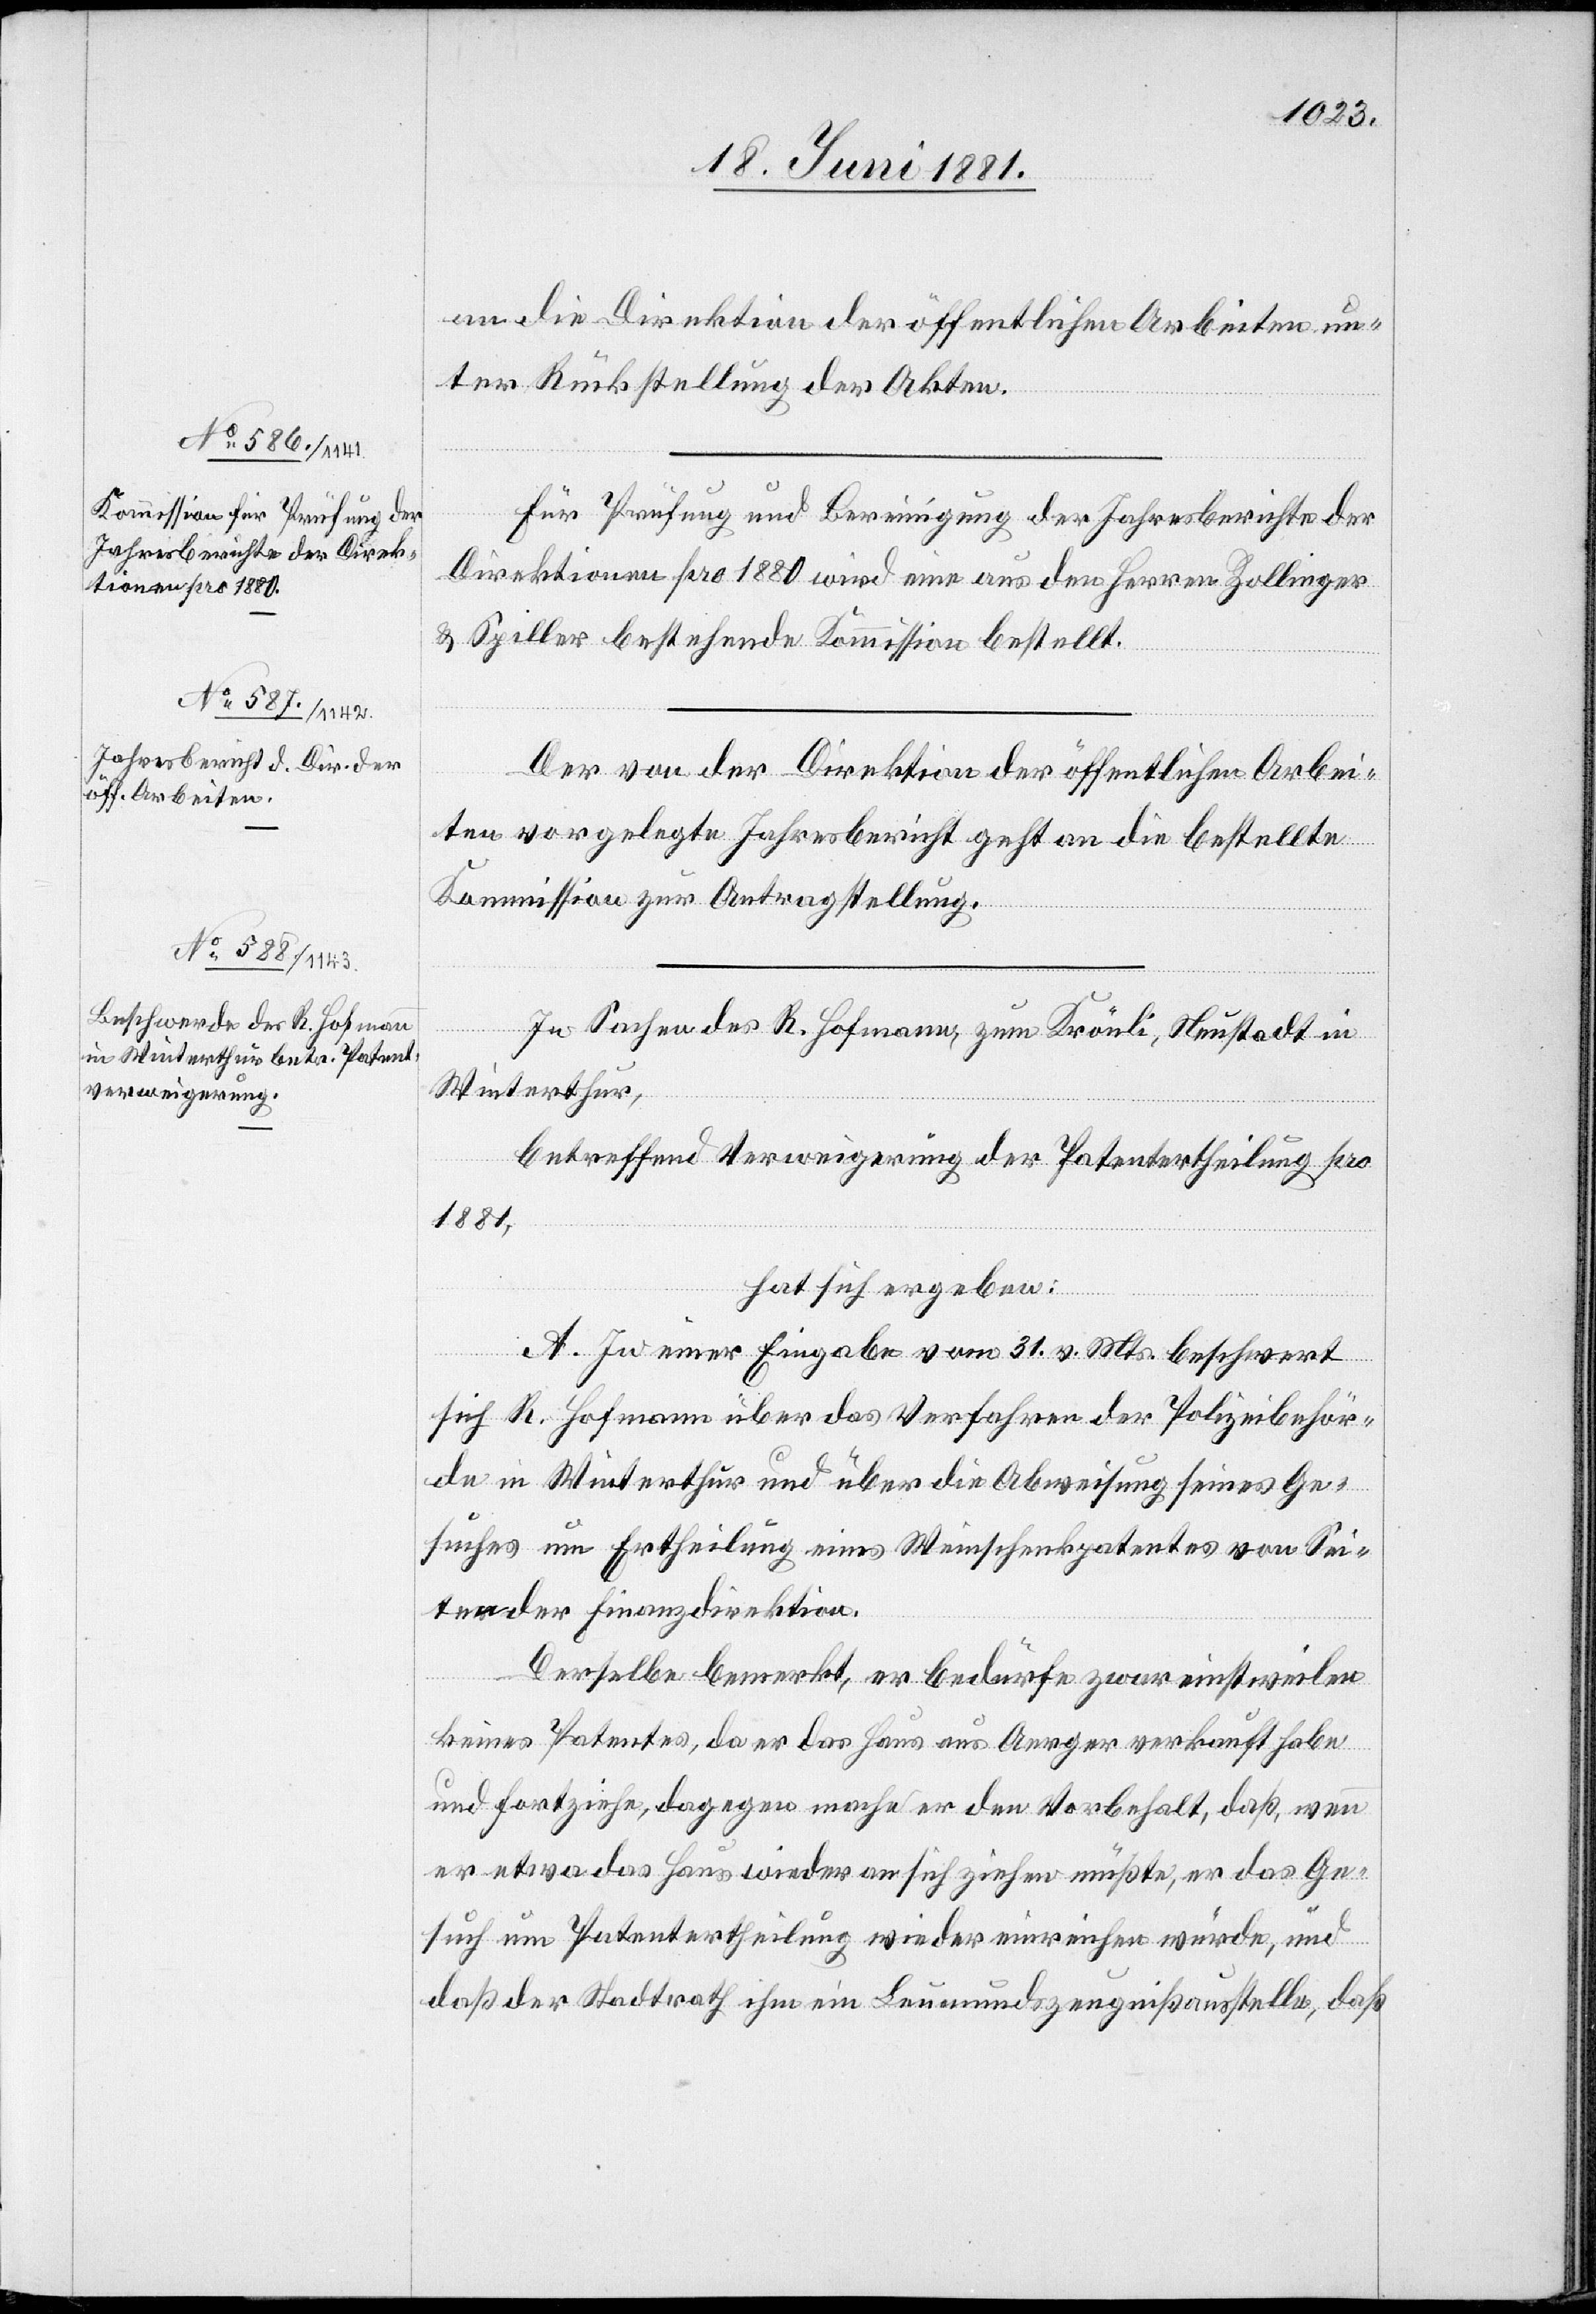
an die Direktion der öffentlichen Arbeiten un¬
ter Rückstellung der Akten.
Für Prüfung und Bereinigung der Jahresberichte der
Direktion pro 1880 wird eine aus den Herren Zollinger
& Spiller bestehende Kommission bestellt.
Der von der Direktion der öffentlichen Arbei¬
ten vorgelegte Jahresbericht geht an die bestellte
Kommission zur Antragstellung.
In Sachen des R. Hofmann, zum Krönli, Neustadt in
Winterthur,
betreffend Verweigerung der Patentertheilung pro
1881,
hat sich ergeben:
A. In einer Eingabe vom 31. v. Mts. beschwert
sich R. Hofmann über das Verfahren der Polizeibehör¬
de in Winterthur und über die Abweisung seines Ge¬
suches um Ertheilung eines Weinschenkpatentes von Sei¬
ten der Finanzdirektion.
Derselbe bemerkt, er bedürfe zwar einstweilen
keines Patentes, da er das Haus aus Aerger verkauft habe
und fortziehe, dagegen mache er den Vorbehalt, daß, wenn
er etwa das Haus wieder an sich ziehen müßte, er das Ge¬
such um Patentertheilung wieder einreichen würde, und
daß der Stadtrath ihm ein Leumundszeugniß ausstelle, daß